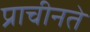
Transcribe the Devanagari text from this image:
प्राचीनते